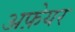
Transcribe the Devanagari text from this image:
अफ़ेयर